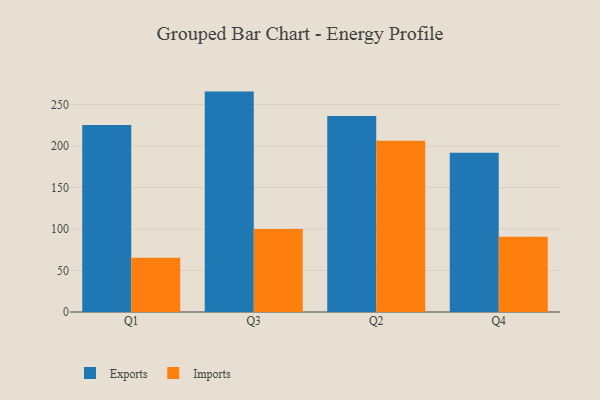
{"axis": {"x": "Quarter", "y": "Energy Usage (MWh)"}, "legend": ["Exports", "Imports"], "data": [{"x": "Q1", "y": 225.4, "type": "Exports"}, {"x": "Q1", "y": 65.5, "type": "Imports"}, {"x": "Q3", "y": 265.5, "type": "Exports"}, {"x": "Q3", "y": 100.1, "type": "Imports"}, {"x": "Q2", "y": 236.2, "type": "Exports"}, {"x": "Q2", "y": 206.2, "type": "Imports"}, {"x": "Q4", "y": 191.7, "type": "Exports"}, {"x": "Q4", "y": 90.6, "type": "Imports"}]}